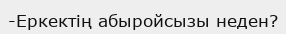
-Еркектің абыройсызы неден?